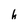
Character: h